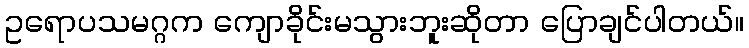
ဥရောပသမဂ္ဂက ကျောခိုင်းမသွားဘူးဆိုတာ ပြောချင်ပါတယ်။